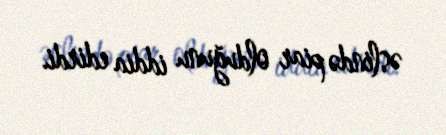
əslində piar olduğunu iddia edirdi.